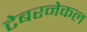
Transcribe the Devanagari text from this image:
टेबरनेकल